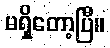
မရှိတော့ပြီ။